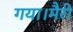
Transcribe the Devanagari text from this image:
गया।मैरी